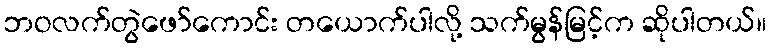
ဘဝလက်တွဲဖော်ကောင်း တယောက်ပါလို့ သက်မွန်မြင့်က ဆိုပါတယ်။